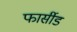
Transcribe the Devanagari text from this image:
फार्सीड